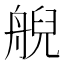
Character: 𦩊